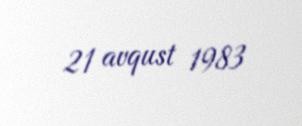
21 avqust 1983